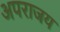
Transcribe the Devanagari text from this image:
अपराजय